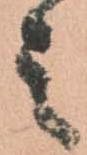
之